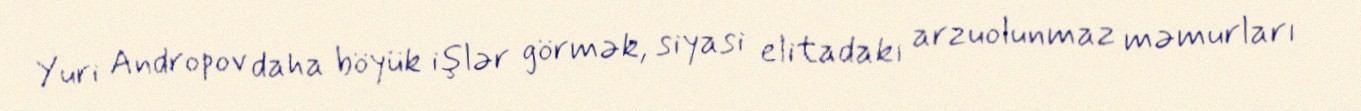
Yuri Andropov daha böyük işlər görmək, siyasi elitadakı arzuolunmaz məmurları